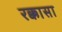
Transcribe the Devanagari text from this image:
रक्कासा